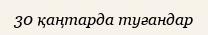
30 қаңтарда туғандар